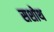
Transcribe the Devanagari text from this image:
सशोथ